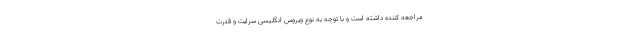
مراجعه کننده داشته است و با توجه به نوع ویروس انگلیسی سرایت و قدرت